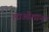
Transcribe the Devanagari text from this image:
लाओशान